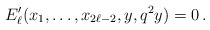
\begin{align*} E'_{\ell}(x_1,\ldots,x_{2\ell-2},y,q^2y)=0 \,.\end{align*}